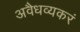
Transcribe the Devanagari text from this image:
अवैधव्यकरं